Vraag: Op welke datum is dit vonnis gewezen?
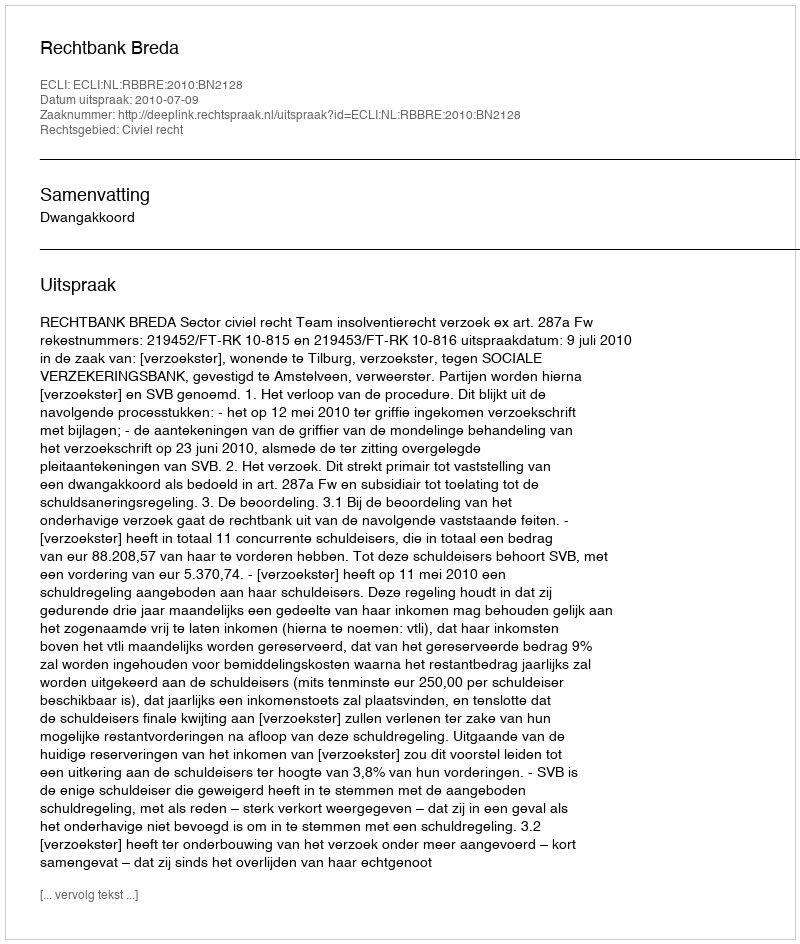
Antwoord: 2010-07-09